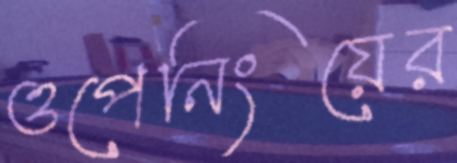
ওপেনিংয়ের